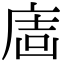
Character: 𢉈